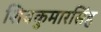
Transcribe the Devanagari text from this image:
शिवकुमारसिंह